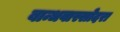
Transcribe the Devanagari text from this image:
बान्धवास्सोदरा